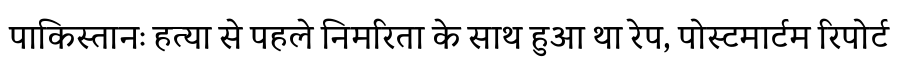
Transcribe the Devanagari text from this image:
पाकिस्तानः हत्या से पहले निमरिता के साथ हुआ था रेप, पोस्टमार्टम रिपोर्ट